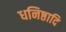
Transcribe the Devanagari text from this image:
धनिष्ठादि